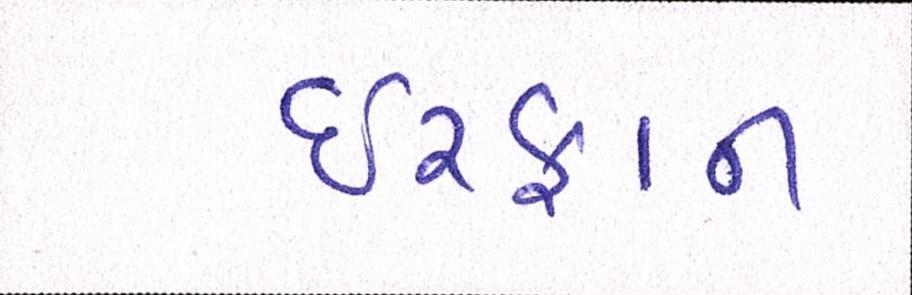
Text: ઈરફાન